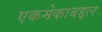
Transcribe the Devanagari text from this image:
एकमेकाबद्दल